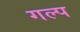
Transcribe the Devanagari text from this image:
गल्‍प